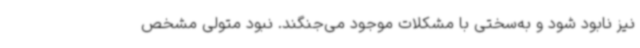
نیز نابود شود و به‌سختی با مشکلات موجود می‌جنگند. نبود متولی مشخص